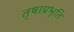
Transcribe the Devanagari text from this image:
तृषाप्रभृति